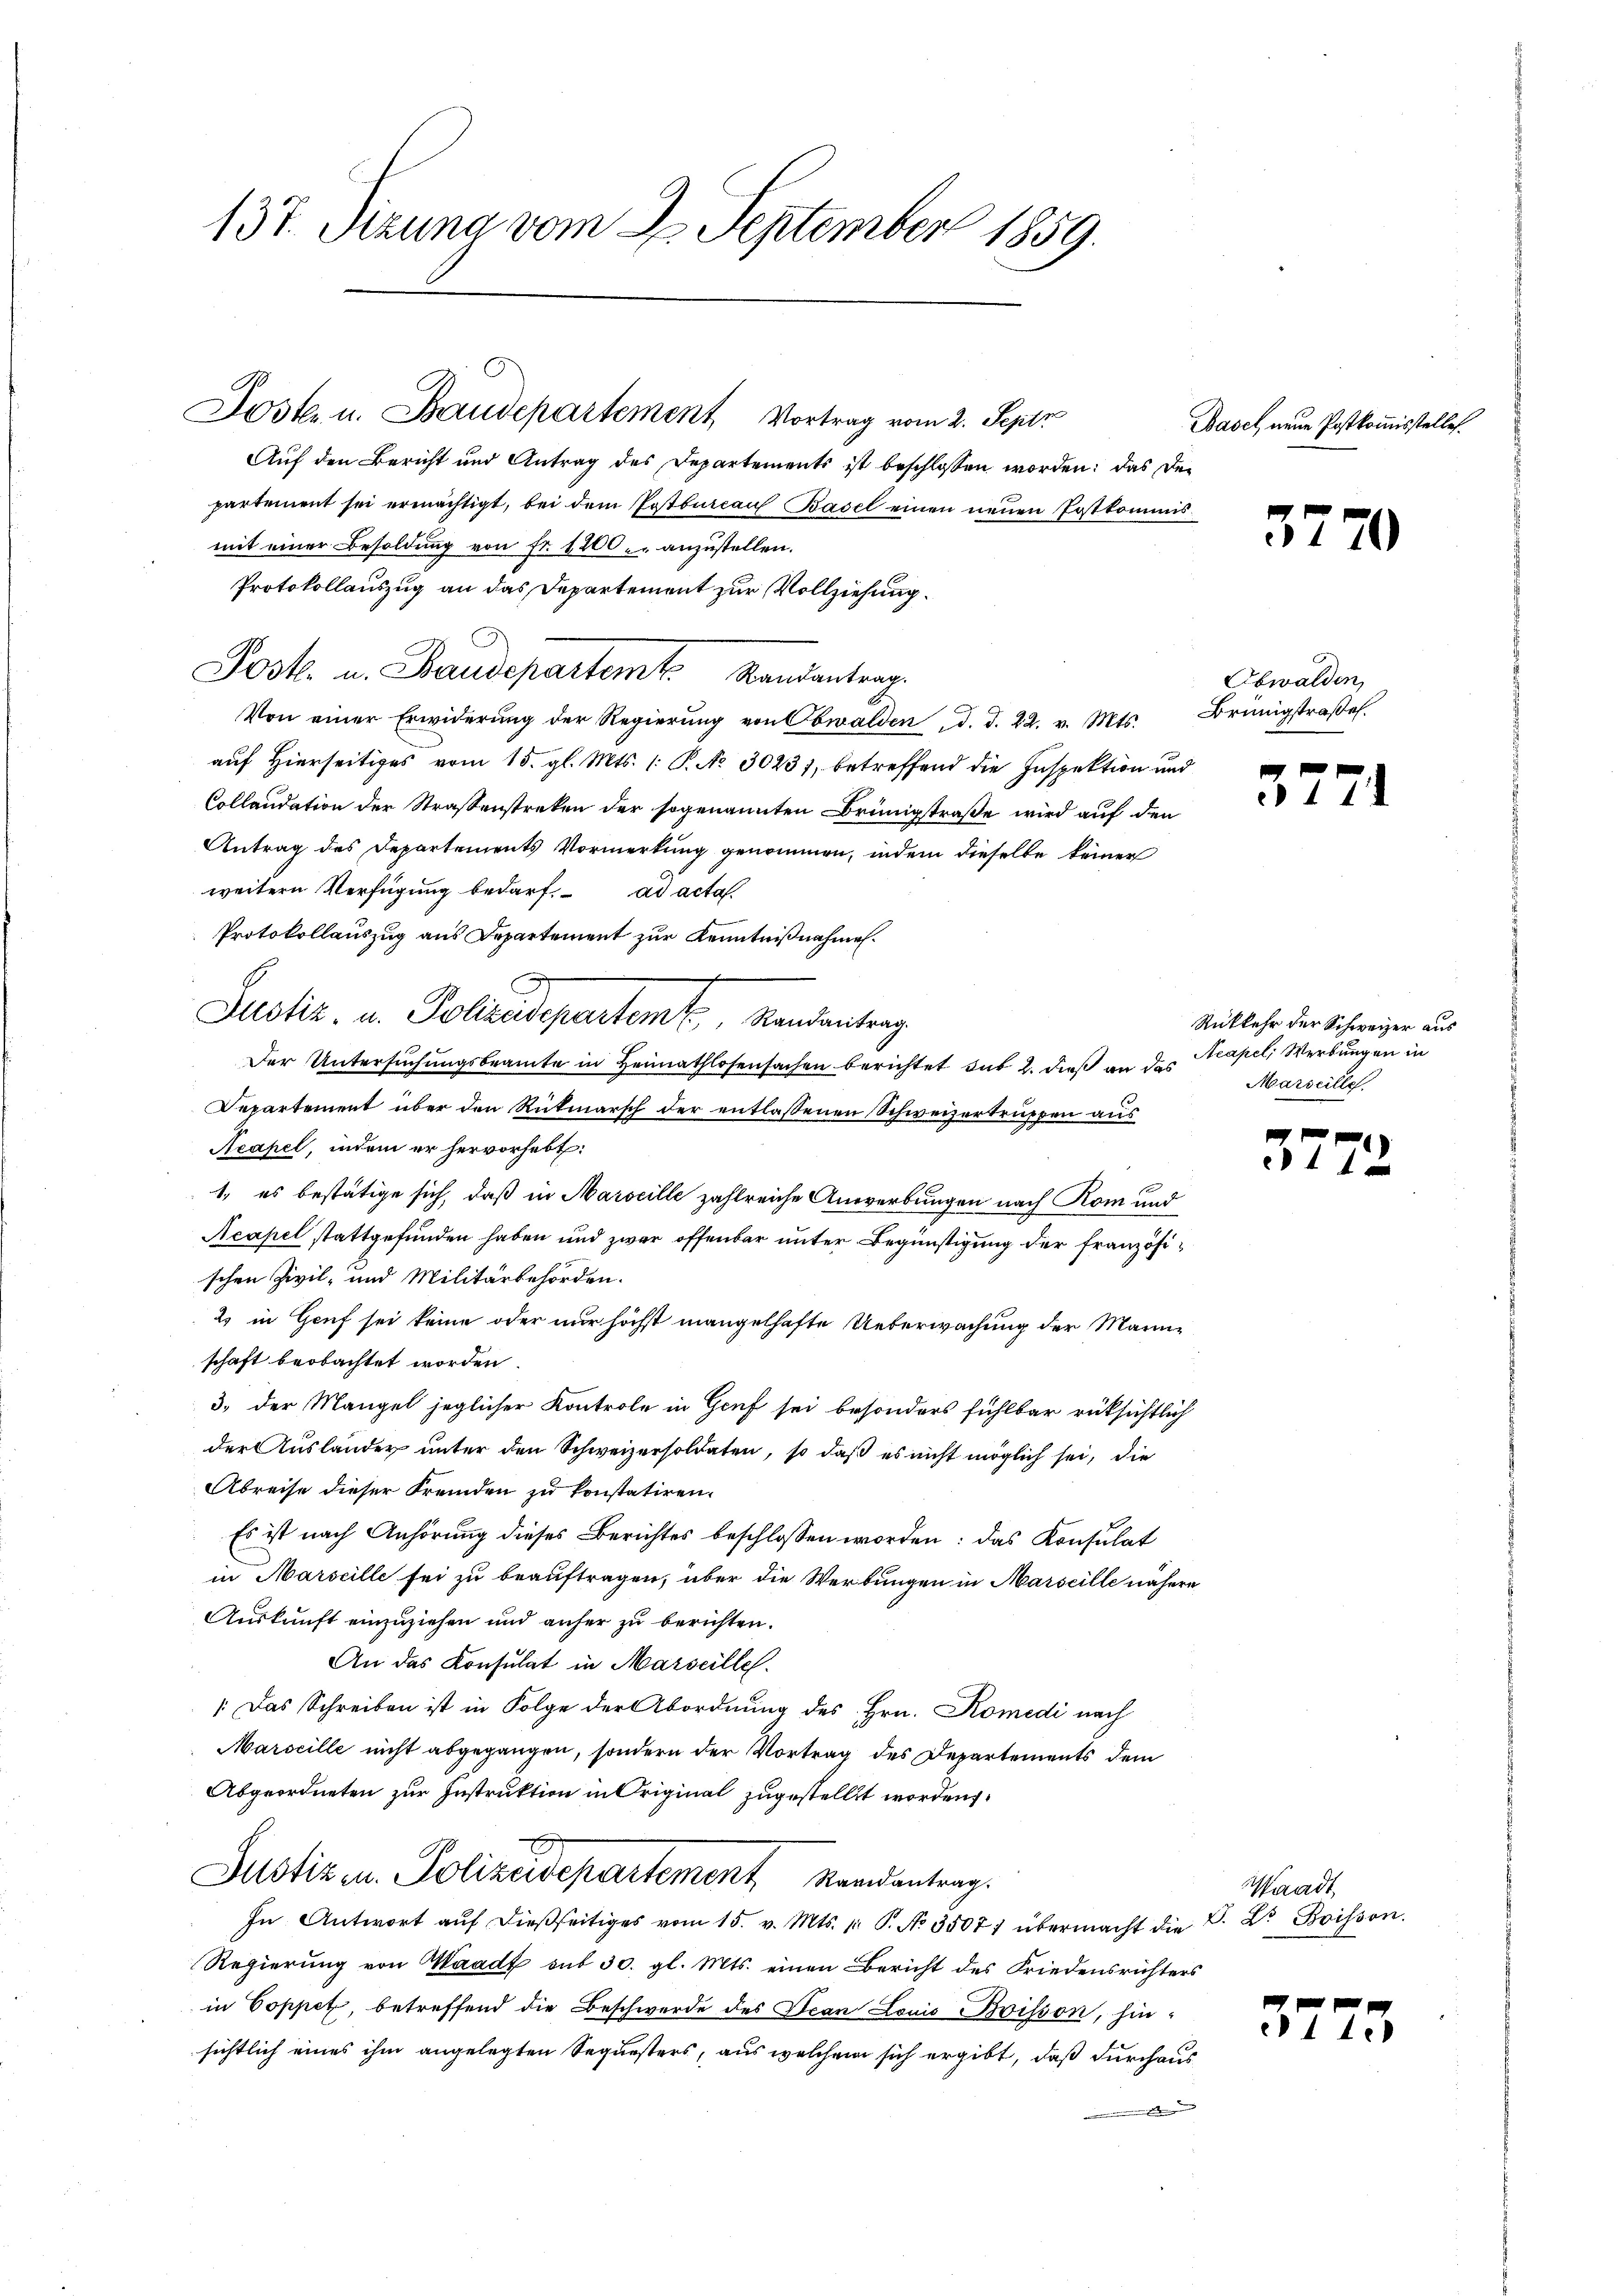
137. Pezuna vom 2. September 1859.

Jost u. Baudepartement Vortrag vom 2. Sept.
Auf den Bericht und Antrag des Departements ist beschlossen worden; das Departement sei ermächtigt, bei dem Postbureau Basel einen neuen Postkommismit einer Besoldŭng von fr. 1200 anzustellen.
Protokollauszug an das Departement zur Vollziehung.
Post. u. Baudepartem Mandantrag
Von einer Erwiderung der Regierŭng von Obwalden, d. d. 22. v. Mts. Brüngstraße
auf Hierseitiges vom 15. gl. Mts. (: P. No 30231, betreffend die Inspektion und
Collaudation der Straßenstreken der sogenannten Brünigstraße wird auf den
Antrag des Departements Vormerkung genommen, indem dieselbe keiner
weitern Verfügung bedarf. ad acta.
Protokollauszug aus Departement zur Kenntnißnahmen.
E
Justiz- u. Polizedepartemt, Standentrag
Der Untersuchungsbeamte in Heimathlosensachen berichtet das 2. dieß an das
Departement über den Rückmarsch der entlassenen Schweizertruppen aus
Acapel, indem er hervorhebt:
1., es bestätige sich, daß in Marseille zahlreiche Anwerbungen nach Rom und
Acapel stattgefunden haben und zwar offenbar unter Begünstigung der französischen Zivil- und Militärbehörden.
2) in Genf sei keine oder nur höchst mangelhafte Ueberwachung der Manne
schaft beobachtet worden.
3. der Mangel jeglicher Kontrole in Genf sei besonders fühlbar rüksichtlich
der Auslander unter den Schweizersoldaten, so daß es nicht möglich sei, die
Abreise dieser Fremden zu konstatiren.
Es ist nach Anhörung dieses Berichtes beschlossen worden: das Konsulat
in Marseille sei zu beauftragen, über die Werbungen in Marseille nähere
Auskunft einzuziehen und anher zu berichten.
An das Konsulat in Marseilles.
Das Schreiben ist in Folge der Abordnung des Hrn. Komedi nach
Marseille nicht abgegangen, sondern der Vortrag des Departements dem
Abgeordneten zur Instruktion in Original zugestellt worden.
Justiz u. Polizeidepartement Randantrag.
In Antwort aŭf dießseitiges vom 15. v. Mts. pr. P. No. 35071 übermacht die D. Dr. Boisson.
Regierung von Waadt sub 30. gl. Mts. einen Bericht des Friedensrichters
in Coppet, betreffend die Beschwerde des Jean Louis visson, hinsichtlich eines ihm angelegten Sequesters, aus welchem sich ergibt, daß durchaus

Basel neue Postkommisstelles.

3770

Obwalden,

37

Rückkehr der Schweizer aus
Acapel, Werbungen in
Marseille.

37

Waadt,

37